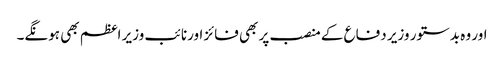
اور وہ بدستور وزیر دفاع کے منصب پر بھی فائز اورنائب وزیر اعظم بھی ہونگے۔